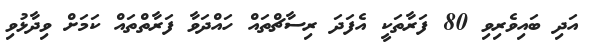
އަދި ބައިވެރިވި 80 ފަރާތަކީ އެފަދަ ރިސާޗްތައް ހައްދަވާ ފަރާތްތައް ކަމަށް ވިދާޅުވި